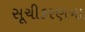
સૂચીકરણના